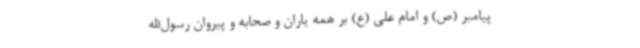
پیامبر (ص) و امام علی (ع) بر همه یاران و صحابه و پیروان رسول‌الله